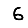
Digit: 6